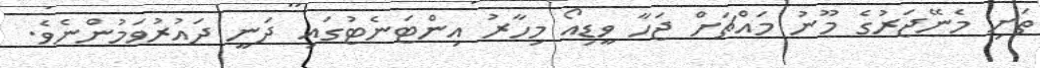
ތަށި މެނޭޖަރުގެ މޫނު މައްޗަށް ޖަހާ ވީޑިއޯ މިހާރު އިންޓަނެޓުގައި ދަނީ ދައުރުވަމުންނެވެ.